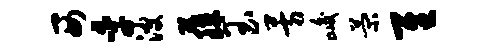
西季波藤玉芳峻菊隹